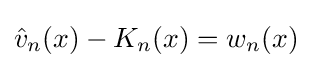
{\hat {v}}_{n}(x)-K_{n}(x)=w_{n}(x)